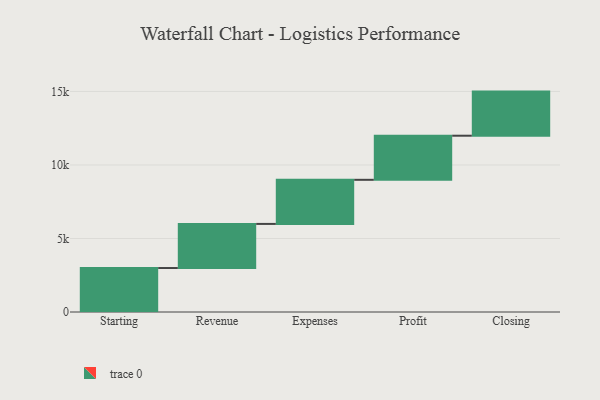
{"axis": {"x": "Step", "y": "Value"}, "legend": [""], "data": [{"x": "Starting", "y": 2991.0, "type": ""}, {"x": "Revenue", "y": 3000, "type": ""}, {"x": "Expenses", "y": 3000, "type": ""}, {"x": "Profit", "y": 3000, "type": ""}, {"x": "Closing", "y": 3000, "type": ""}]}